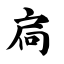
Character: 扃